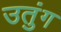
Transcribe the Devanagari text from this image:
उतुंग